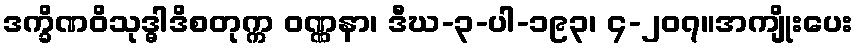
ဒက္ခိဏဝိသုဒ္ဓါဒိစတုက္က ဝဏ္ဏနာ၊ ဒီဃ-၃-ပါ-၁၉၃၊ ၄-၂၀၇။အကျိုးပေး